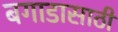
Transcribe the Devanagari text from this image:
बगाडासाठी